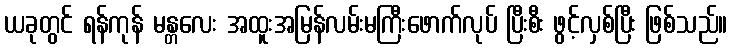
ယခုတွင် ရန်ကုန် မန္တလေး အထူးအမြန်လမ်းမကြီးဖောက်လုပ် ပြီးစီး ဖွင့်လှစ်ပြီး ဖြစ်သည်။